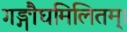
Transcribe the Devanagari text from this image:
गङ्गौघमिलितम्।